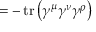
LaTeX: = - \operatorname { t r } \left( \gamma ^ { \mu } \gamma ^ { \nu } \gamma ^ { \rho } \right)